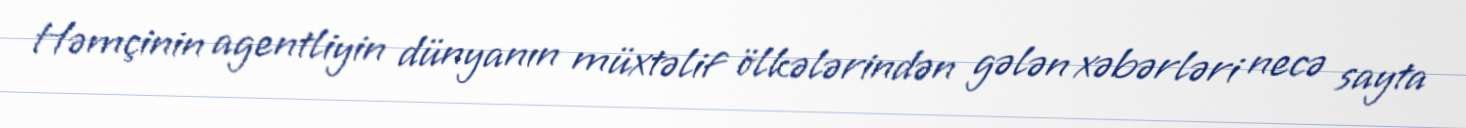
Həmçinin agentliyin dünyanın müxtəlif ölkələrindən gələn xəbərləri necə sayta